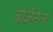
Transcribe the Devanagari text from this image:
बोर्जेसेन्स